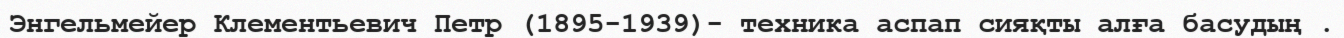
Энгельмейер Клементьевич Петр (1895-1939)- техника аспап сияқты алға басудың .